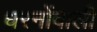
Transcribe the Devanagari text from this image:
धरनोंवाली